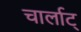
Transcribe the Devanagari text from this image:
चार्लाट्